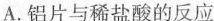
A.铝片与稀盐酸的反应